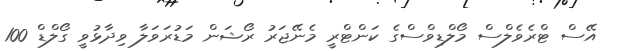
އޭސް ޓްރެވެލްސް މޯލްޑިވްސްގެ ކަންޓްރީ މެނޭޖަރު ރޯޝަން މަޑުރަވަލާ ވިދާޅުވީ ގޯލްޑް 100